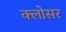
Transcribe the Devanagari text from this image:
क्लोसर